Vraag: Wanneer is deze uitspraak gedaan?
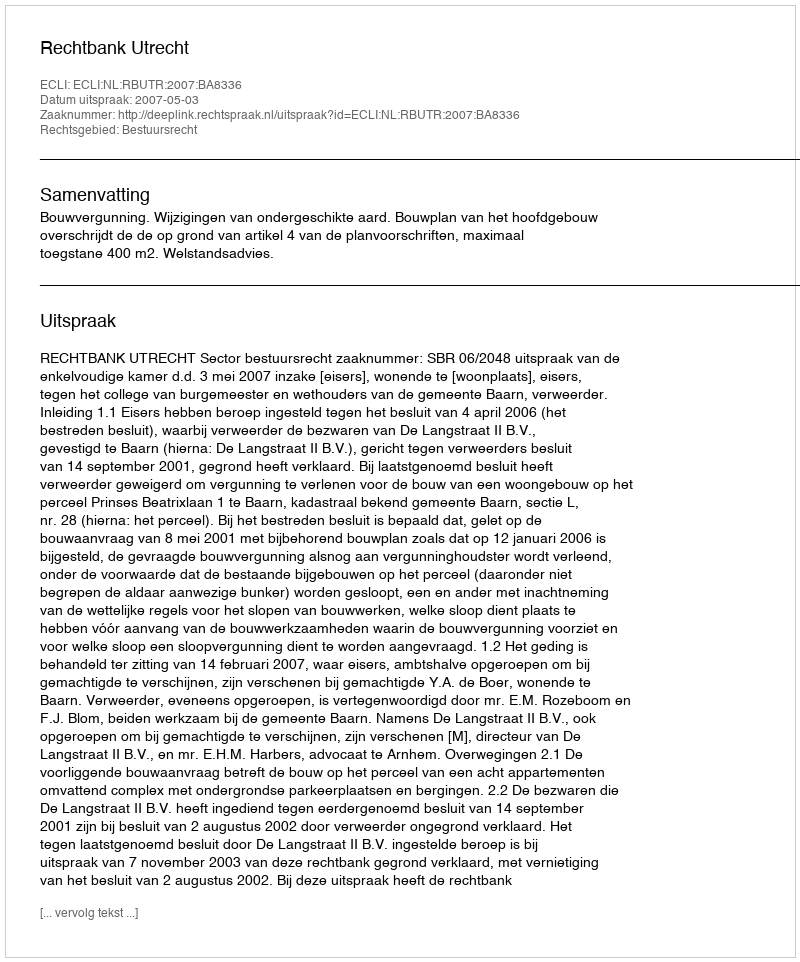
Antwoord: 2007-05-03